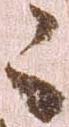
々